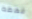
فهمه